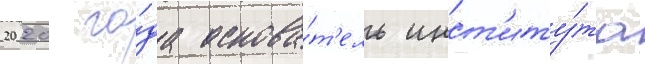
2020 го́да основа́т'ель инст'иту́та